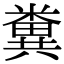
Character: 糞